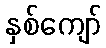
နှစ်ကျော်